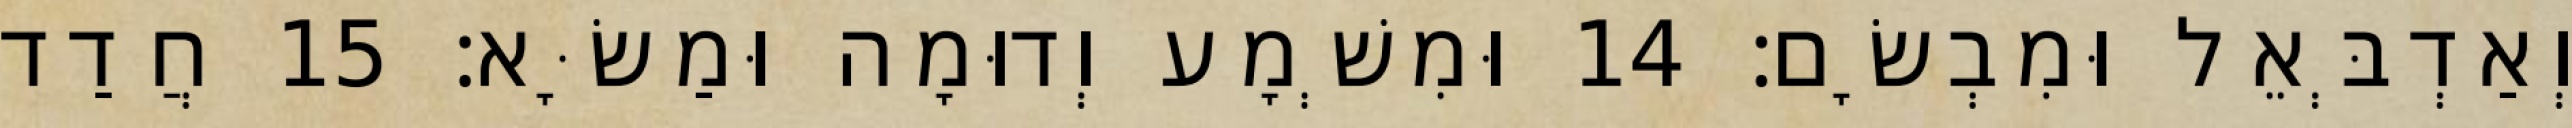
וְאַדְבְּאֵל וּמִבְשָׂם׃ 14 וּמִשְׁמָע וְדוּמָה וּמַשָּׂא׃ 15 חֲדַד